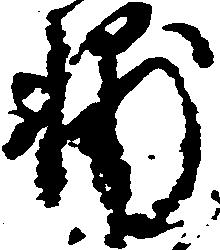
輔